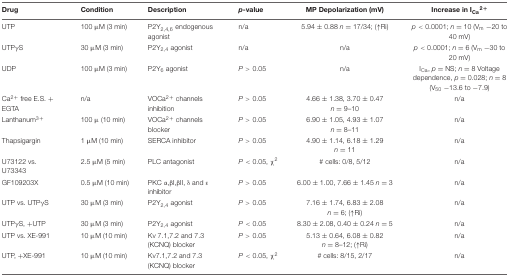
<table><thead><tr><td><b>Drug</b></td><td><b>Condition</b></td><td><b>Description</b></td><td><b><i>p</i>-value</b></td><td><b>MP Depolarization (mV)</b></td><td><b>Increase in I<sub>Ca</sub><sup>2+</sup></b></td></tr></thead><tbody><tr><td>UTP</td><td>100 μM (3 min)</td><td>P2Y<sub>2,4,6</sub> endogenous agonist</td><td>n/a</td><td>5.94 ± 0.88 <i>n</i> = 17/34; (↑Ri)</td><td><i>p</i> &lt; 0.0001; <i>n</i> = 10 (V<sub>m</sub> -20 to 40 mV)</td></tr><tr><td>UTPγS</td><td>30 μM (3 min)</td><td>P2Y<sub>2,4</sub> agonist</td><td>n/a</td><td>n/a</td><td><i>p</i> &lt; 0.0001; <i>n</i> = 6 (V<sub>m</sub> -30 to 20 mV)</td></tr><tr><td>UDP</td><td>100 μM (3 min)</td><td>P2Y<sub>6</sub> agonist</td><td><i>P</i> &gt; 0.05</td><td>n/a</td><td>I<sub>Ca</sub>, <i>p</i> = NS; <i>n</i> = 8 Voltage dependence, <i>p</i> = 0.028; <i>n</i> = 8 (V<sub>50</sub> -13.6 to -7.9)</td></tr><tr><td>Ca<sup>2+</sup> free E.S. + EGTA</td><td>n/a</td><td>VOCa<sup>2+</sup> channels inhibition</td><td><i>P</i> &gt; 0.05</td><td>4.66 ± 1.38, 3.70 ± 0.47 <i>n</i> = 9–10</td><td>n/a</td></tr><tr><td>Lanthanum<sup>3+</sup></td><td>100 μ (10 min)</td><td>VOCa<sup>2+</sup> channels blocker</td><td><i>P</i> &gt; 0.05</td><td>6.90 ± 1.05, 4.93 ± 1.07 <i>n</i> = 8–11</td><td>n/a</td></tr><tr><td>Thapsigargin</td><td>1 μM (10 min)</td><td>SERCA inhibitor</td><td><i>P</i> &gt; 0.05</td><td>4.90 ± 1.14, 6.18 ± 1.29 <i>n</i> = 11</td><td>n/a</td></tr><tr><td>U73122 vs. U73343</td><td>2.5 μM (5 min)</td><td>PLC antagonist</td><td><i>P</i> &lt; 0.05, χ<sup>2</sup></td><td># cells: 0/8, 5/12</td><td>n/a</td></tr><tr><td>GF109203X</td><td>0.5 μM (10 min)</td><td>PKC α,βI,βII, δ and ε inhibitor</td><td><i>P</i> &gt; 0.05</td><td>6.00 ± 1.00, 7.66 ± 1.45 <i>n</i> = 3</td><td>n/a</td></tr><tr><td>UTP vs. UTPγS</td><td>30 μM (3 min)</td><td>P2Y<sub>2,4</sub> agonist</td><td><i>P</i> &gt; 0.05</td><td>7.16 ± 1.74, 6.83 ± 2.08 <i>n</i> = 6; (↑Ri)</td><td>n/a</td></tr><tr><td>UTPγS, +UTP</td><td>30 μM (3 min)</td><td>P2Y<sub>2,4</sub> agonist</td><td><i>P</i> &lt; 0.05</td><td>8.30 ± 2.08, 0.40 ± 0.24 <i>n</i> = 5</td><td>n/a</td></tr><tr><td>UTP vs. XE-991</td><td>10 μM (10 min)</td><td>Kv 7.1,7.2 and 7.3 (KCNQ) blocker</td><td><i>P</i> &gt; 0.05</td><td>5.13 ± 0.64, 6.08 ± 0.82 <i>n</i> = 8–12; (↑Ri)</td><td>n/a</td></tr><tr><td>UTP, +XE-991</td><td>10 μM (10 min)</td><td>Kv7.1,7.2 and 7.3 (KCNQ) blocker</td><td><i>P</i> &lt; 0.05, χ<sup>2</sup></td><td># cells: 8/15, 2/17</td><td>n/a</td></tr></tbody></table>